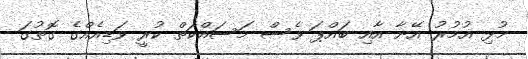
މުޅި އުމުރު އޭނާ އާއި ބައްޕަ ވެސް މަސައްކަތް ކުރީ ވަޑިއެއްގެ ގޮތުގަ